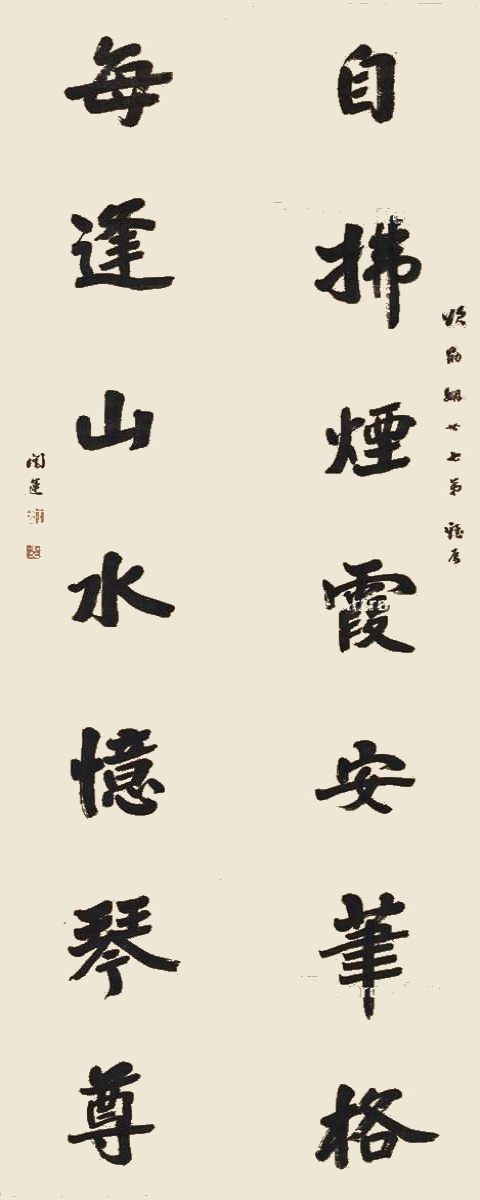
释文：自拂烟霞安笔格，每逢山水忆琴尊。颂勖姻世七弟雅属，闿运。